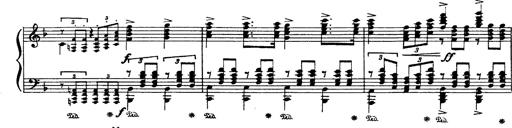
Title: Paraphrase de concert sur Ernani II
Composer: Franz Liszt